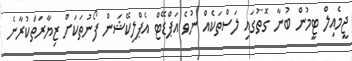
ޖީމެއިލް ޓީމުން ބުނާ ގޮތުގައި ލަސްތަކެއް ނުވެ އަޕްޑޭޓް އެޕްލިކޭޝަން ފޯނުތަކަށް ޒިޔާރަތްކުރާނެ